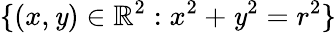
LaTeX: \{ (x,\mathit{y})\in\mathbb{{R}}^{2}:x^{2}+\mathit{y}^{2}=r^{2}\}